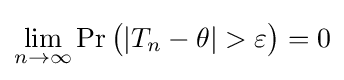
\lim _{n\to \infty }\Pr {\big (}|T_{n}-\theta |>\varepsilon {\big )}=0